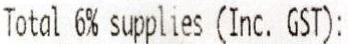
TOTAL 6% SUPPLIES (INC. GST):